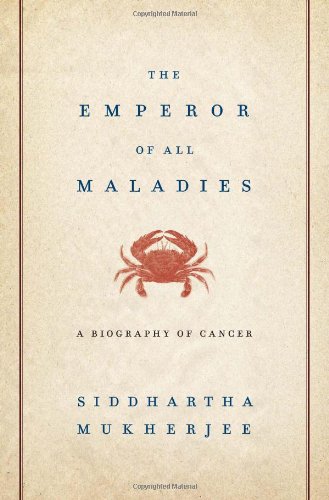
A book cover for The Emperor of All Maladies: A Biography of Cancer; Siddhartha Mukherjee; Biographies & Memoirs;